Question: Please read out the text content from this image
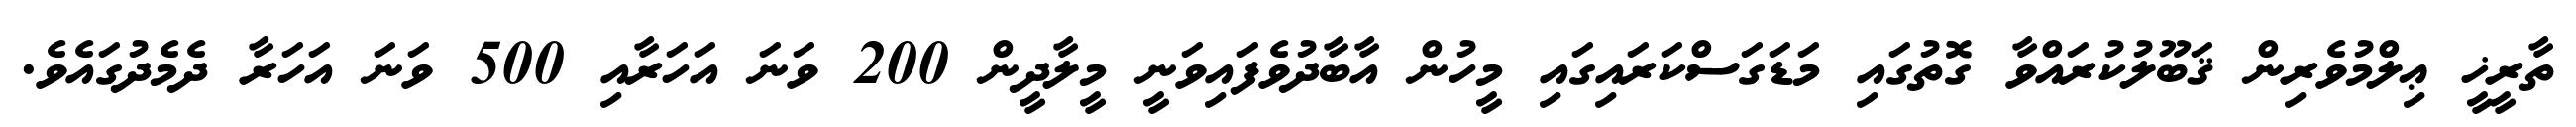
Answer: ތާރީޚީ ޢިލްމުވެރިން ޤަބޫލުކުރައްވާ ގޮތުގައި މަޑަގަސްކަރައިގައި މީހުން އާބާދުވެފައިވަނީ މީލާދީން 200 ވަނަ އަހަރާއި 500 ވަނަ އަހަރާ ދެމެދުގައެވެ.